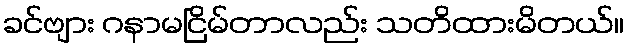
ခင်ဗျား ဂနာမငြိမ်တာလည်း သတိထားမိတယ်။